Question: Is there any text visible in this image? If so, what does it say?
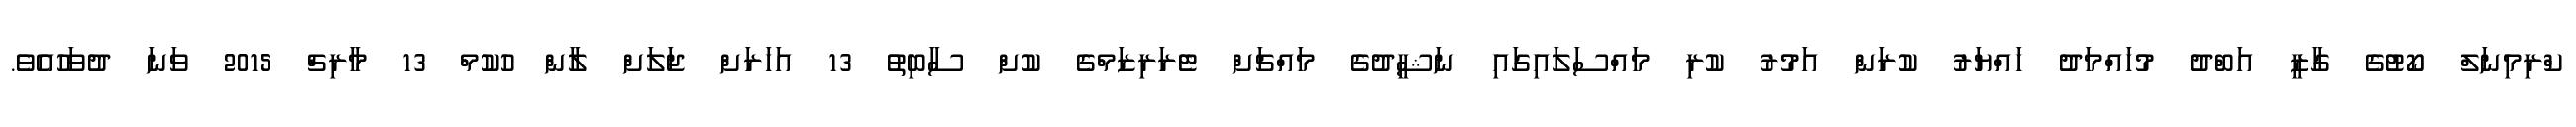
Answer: ކްރިމިނަލް ކޯޓުގެ ގާޒީ އަބްދު މުހައްމަދު ހައްޔަރު ކުރަން އަމުރު ކުރި މައްސަލައިގައި ނަޝީދުގެ މައްޗަށް ޓެރަރިޒަމްގެ ކުށް ސާބިތު 13 އަހަރަށް ޖަލަށް ލާން ހުކުމް 13 މާރިޗް 2015 ވަނަ ދުވަހުއެވެ.